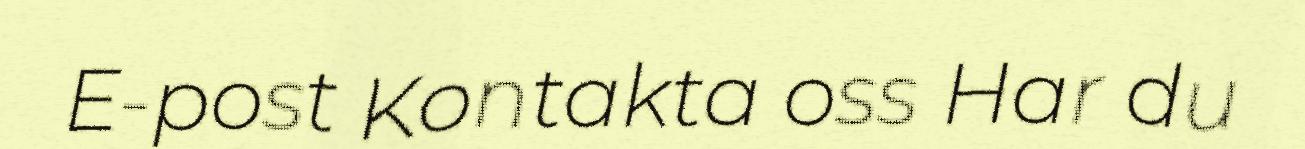
E-post Kontakta oss Har du